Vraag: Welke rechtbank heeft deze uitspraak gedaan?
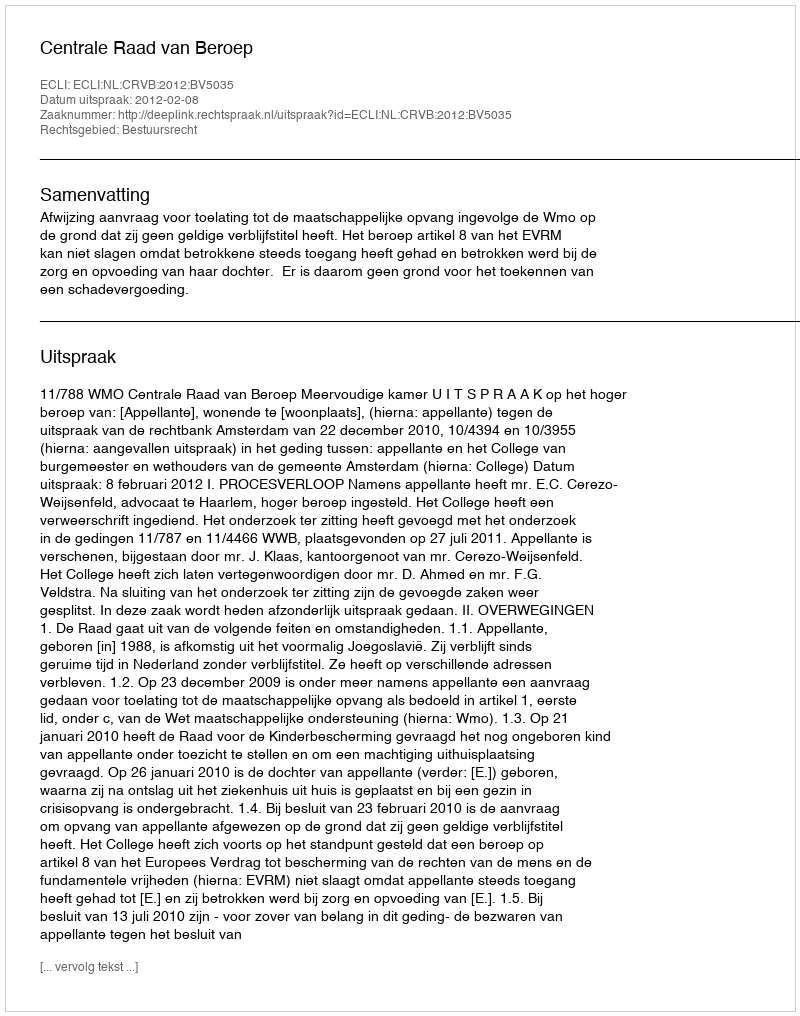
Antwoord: Centrale Raad van Beroep